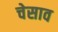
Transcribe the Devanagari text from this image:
चेसाव